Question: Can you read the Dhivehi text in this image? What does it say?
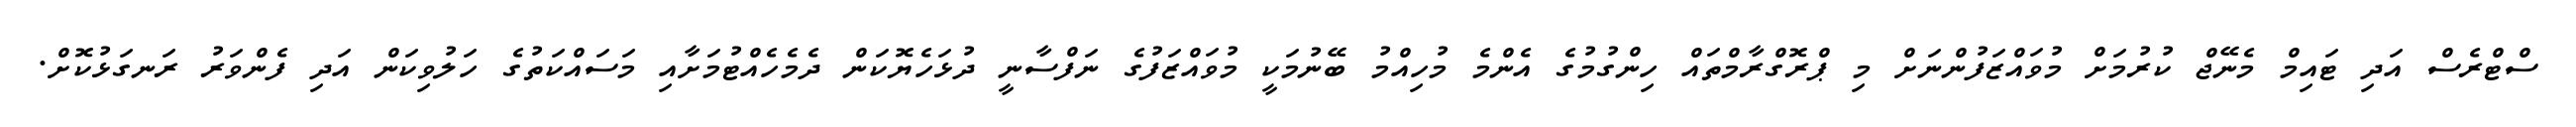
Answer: ސްޓްރެސް އަދި ޓައިމް މެނޭޖް ކުރުމަށް މުވައްޒަފުންނަށް މި ޕްރޮގްރާމްތައް ހިންގުމުގެ އެންމެ މުހިއްމު ބޭނުމަކީ މުވައްޒަފުގެ ނަފްސާނީ ދުޅަހެޔޮކަން ދެމެހެއްޓުމަށާއި މަސައްކަތުގެ ހަލުވިކަން އަދި ފެންވަރު ރަނގަޅުކޮށް.